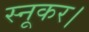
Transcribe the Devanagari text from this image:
स्नूकर।